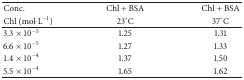
<table><thead><tr><td><b>Conc.</b></td><td><b>Chl + BSA</b></td><td><b>Chl + BSA</b></td></tr><tr><td><b>Chl (mol·L<sup>−1</sup>)</b></td><td><b>23°C</b></td><td><b>37°C</b></td></tr></thead><tbody><tr><td>3.3 × 10<sup>−5</sup></td><td>1.25</td><td>1.31</td></tr><tr><td>6.6 × 10<sup>−5</sup></td><td>1.27</td><td>1.33</td></tr><tr><td>1.4 × 10<sup>−4</sup></td><td>1.37</td><td>1.50</td></tr><tr><td>5.5 × 10<sup>−4</sup></td><td>1.65</td><td>1.62</td></tr></tbody></table>